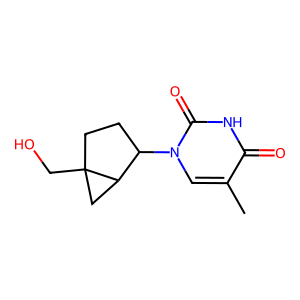
SMILES: Cc1cn(C2CCC3(CO)CC23)c(=O)[nH]c1=O
Inhibits HIV replication: No